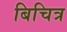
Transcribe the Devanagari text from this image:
बिचित्र